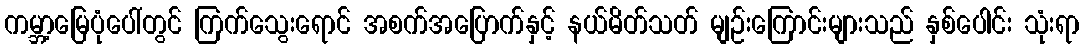
ကမ္ဘာ့မြေပုံပေါ်တွင် ကြက်သွေးရောင် အစက်အပြောက်နှင့် နယ်မိတ်သတ် မျဉ်းကြောင်းများသည် နှစ်ပေါင်း သုံးရာ